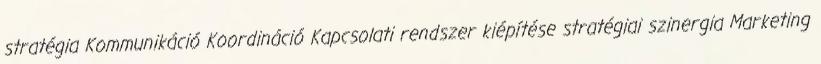
stratégia Kommunikáció Koordináció Kapcsolati rendszer kiépítése stratégiai szinergia Marketing